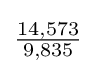
{\tfrac {14,573}{9,835}}